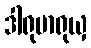
ဒါရုမာရုယှ